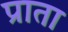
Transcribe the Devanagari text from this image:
प्राता